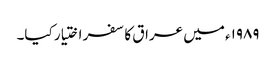
۱۹۸۹ء میں عراق کا سفر اختیار کیا۔